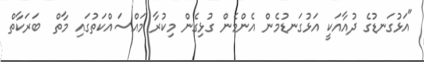
"އަޅުގަނޑުގެ ދުއާއަކީ އަޅުގަނޑުމެން އެންމެން ގުޅިގެން މިކުރާ މައްސައްކަތުގައި މާތް  ބަރަކާތް